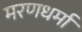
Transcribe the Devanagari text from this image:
मरणधर्मा